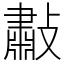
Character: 㪩